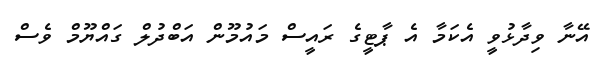
އޭނާ ވިދާޅުވީ އެކަމާ އެ ޕާޓީގެ ރައީސް މައުމޫން އަބްދުލް ގައްޔޫމް ވެސް